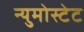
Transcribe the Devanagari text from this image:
न्युमोस्टेट